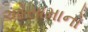
ઓસામાનો